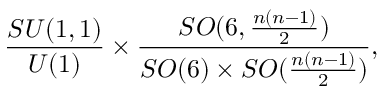
\frac { S U ( 1 , 1 ) } { U ( 1 ) } \times \frac { S O ( 6 , \frac { n ( n - 1 ) } { 2 } ) } { S O ( 6 ) \times S O ( \frac { n ( n - 1 ) } { 2 } ) } ,